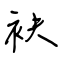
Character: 袂